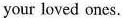
your loved ones.